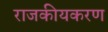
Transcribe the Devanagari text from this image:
राजकीयकरण